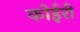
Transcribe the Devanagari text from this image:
कोईरी